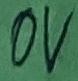
Text: 0V